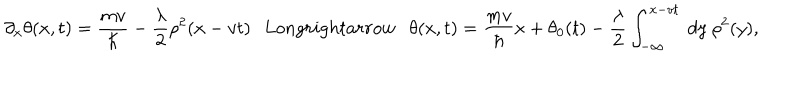
LaTeX: \partial _ { x } \theta ( x , t ) = \frac { m v } { \hbar } - { \frac { \lambda } { 2 } } \rho ^ { 2 } ( x - v t ) \ \ \, L o n g r i g h t a r r o w \ \ \ \theta ( x , t ) = \frac { m v } { \hbar } x + \theta _ { 0 } ( t ) - { \frac { \lambda } { 2 } } \int _ { - \infty } ^ { x - v t } ~ d y ~ \rho ^ { 2 } ( y ) ,